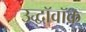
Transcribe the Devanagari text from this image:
उद्धॉवॉक